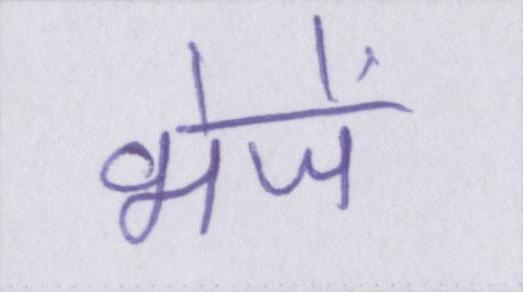
भेजें